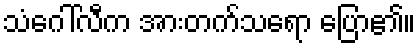
သံဂေါ်လီက အားတက်သရော ပြော၏။